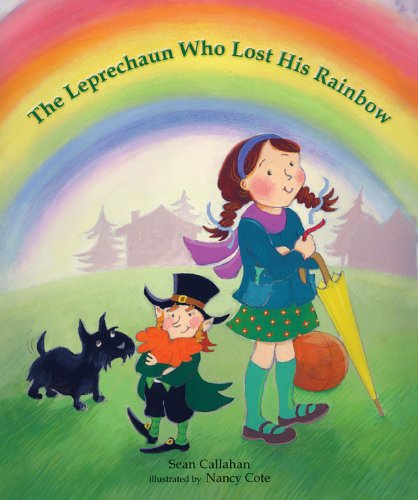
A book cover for The Leprechaun Who Lost His Rainbow; Sean Callahan; Children's Books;